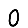
Digit: 0